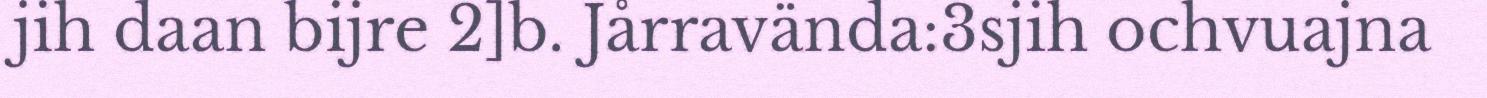
jih daan bijre 2]b. Jårravända:3sjih ochvuajna